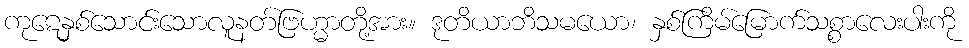
ကုဋေနှစ်သောင်းသောလူနတ်ဗြဟ္မာတို့အား။ ဒုတိယာဘိသမယော၊ နှစ်ကြိမ်မြောက်သစ္စာလေးပါးကို